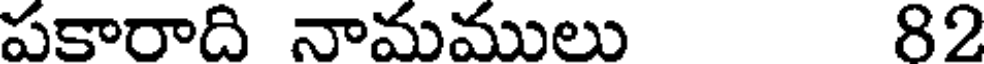
పకారాది నామములు 82